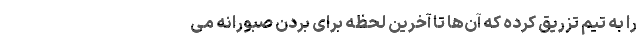
را به تیم تزریق کرده که آن‌ها تا آخرین لحظه برای بُردن صبورانه می